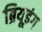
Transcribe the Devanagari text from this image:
ब्रियूइंग